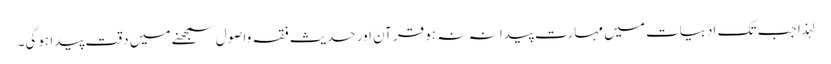
لہذا جب تک ادبیات میں مہارت پیدا نہ نہ ہو قرآن اور حدیث فقہ واصول سمجھنے میں دقت پیدا ہوگی۔